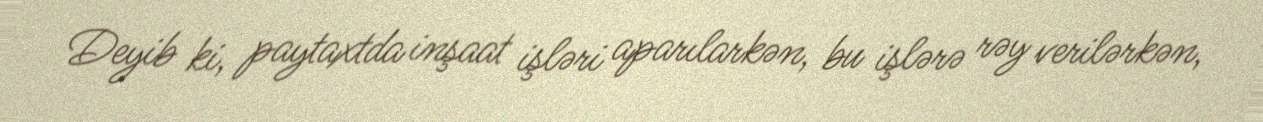
Deyib ki, paytaxtda inşaat işləri aparılarkən, bu işlərə rəy verilərkən,